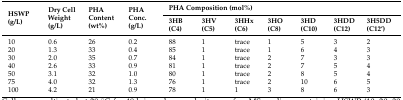
<table><thead><tr><td rowspan="2"><b>HSWP (g/L)</b></td><td rowspan="2"><b>Dry Cell Weight (g/L)</b></td><td rowspan="2"><b>PHA Content (wt%)</b></td><td rowspan="2"><b>PHA Conc. (g/L)</b></td><td colspan="7"><b>PHA Composition (mol%)</b></td></tr><tr><td><b>3HB (C4)</b></td><td><b>3HV (C5)</b></td><td><b>3HHx (C6)</b></td><td><b>3HO (C8)</b></td><td><b>3HD (C10)</b></td><td><b>3HDD (C12)</b></td><td><b>3H5DD (C12’)</b></td></tr></thead><tbody><tr><td>10</td><td>0.6</td><td>26</td><td>0.2</td><td>88</td><td>1</td><td>trace</td><td>1</td><td>5</td><td>3</td><td>2</td></tr><tr><td>20</td><td>1.3</td><td>33</td><td>0.4</td><td>85</td><td>1</td><td>trace</td><td>1</td><td>6</td><td>4</td><td>3</td></tr><tr><td>30</td><td>2.0</td><td>35</td><td>0.7</td><td>84</td><td>1</td><td>trace</td><td>2</td><td>7</td><td>3</td><td>3</td></tr><tr><td>40</td><td>2.6</td><td>33</td><td>0.9</td><td>81</td><td>1</td><td>trace</td><td>2</td><td>7</td><td>5</td><td>4</td></tr><tr><td>50</td><td>3.1</td><td>32</td><td>1.0</td><td>80</td><td>1</td><td>trace</td><td>2</td><td>8</td><td>5</td><td>4</td></tr><tr><td>75</td><td>4.0</td><td>32</td><td>1.3</td><td>76</td><td>1</td><td>trace</td><td>2</td><td>10</td><td>6</td><td>5</td></tr><tr><td>100</td><td>4.2</td><td>21</td><td>0.9</td><td>78</td><td>1</td><td>1</td><td>3</td><td>8</td><td>6</td><td>3</td></tr></tbody></table>